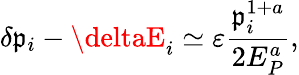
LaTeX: \delta\mathfrak{p}_{i}-\deltaE_{i}\simeq\varepsilon\frac{{\mathfrak{p}_{i}^{1+a}}}{{2E_{P}^{a}}},